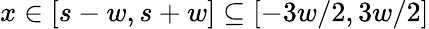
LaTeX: x\in[s-w,s+w]\subseteq[-3w/2,3w/2]